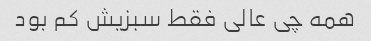
همه چی عالی فقط سبزیش کم بود